Insane asylums in Bengal annual reports 1867-1875 - 1867-1875
Year: 1867
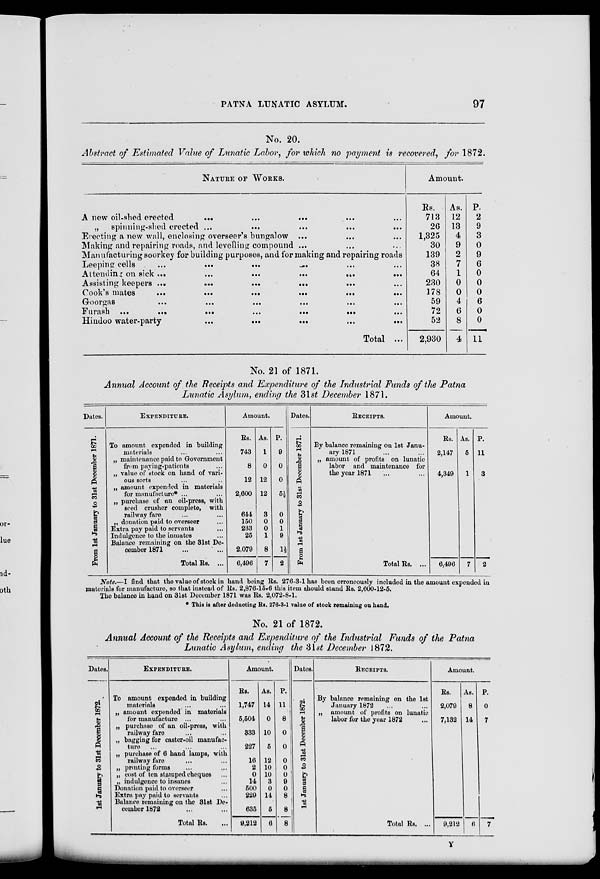
PATNA LUNATIC ASYLUM.
97
No. 20.
Abstract of Estimated Value of Lunatic Labor, for which no payment is recovered, for 1872.
NATURE OF WORKS.
A new oil-shed erected
...
...
...
„
spinning-shed erected ... ... ... ...
Erecting a new wall, enclosing overseer's bungalow ... ... ...
Making and repairing roads, and levelling compound ... ... ...
Manufacturing soorkey for building purposes, and for making and repairing roads
Leeping cells
...
...
...
... ... ...
Attending on sick ...
...
...
...
...
...
Assisting keepers ...
...
...
...
...
...
Cook's mates
...
...
...
...
...
...
Goorgas
...
...
... ... ... ...
Furash
...
...
...
...
...
...
...
Hindoo water-party
...
...
... ... ...
Total ...
Amount.
Rs.
713
26
1,325
30
139
38
64
230
178
59
72
52
2,930
As.
12
13
4
9
2
7
1
0
0
4
6
8
4
P.
2
9
3
0
9
6
0
0
0
6
0
0
11
No. 21 of 1871.
Annual Account of the Receipts and Expenditure of the Industrial Funds of the Patna
Lunatic Asylum, ending the 31st December 1871.
Dates.
From
1st January to 31st December 1871.
EXPENDITURE.
To amount expended in building
materials ... ...
„ maintenance paid to Government
from paying-patients ...
„ value of stock on hand of vari-
ous sorts ...
„ amount expended in materials
for manufacture* ... ...
„ purchase of an oil-press, with
seed crusher complete, with
railway fare ... ...
„ donation paid to overseer ...
Extra pay paid to servants ...
Indulgence to the inmates ...
Balance remaining on the 31st De-
cember 1871 ... ...
Total Rs. ...
Amount.
Rs.
743
8
12
2,600
644
160
233
25
2,079
6,496
As.
1
0
12
12
3
0
0
1
8
7
P.
9
0
0
5½
0
0
1
9
1½
2
Dates.
From 1st January to 31st December 1871.
RECEIPTS.
By balance remaining on 1st Janu-
ary 1871
„ amount of profits on lunatic
labor and maintenance for
the year 1871 ... ...
Total Rs. ...
Amount.
Rs.
2,147
4,349
6,496
As.
5
1
7
P.
11
3
2
Note.—I find that the value of stock in hand being Rs. 276-3-1 has been erroneously included in the amount expended in
materials for manufacture, so that instead of Rs. 2,876-15-6 this item should stand Rs. 2,600-12-5.
The balance in hand on 31st December 1871 was Rs. 2,072-8-1.
* This is after deducting Rs. 276-3-1 value of stock remaining on hand.
No. 21 of 1872.
Annual Account of the Receipts and Expenditure of the Industrial Funds of the Patna
Lunatic Asylum, ending the 31st December 1872.
Dates.
1st January to 31st December 1872.
EXPENDITURE.
To amount expended in building
materials ... ...
„ amount expended in materials
for manufacture ... ...
„ purchase of an oil-press, with
railway fare ... ...
„ bagging for caster-oil manufac-
ture ... ... ...
„ purchase of 6 hand lamps, with
railway fare ... ...
„ printing forms ... ...
„ cost of ten stamped cheques ...
„ indulgence to insanes ...
Donation paid to overseer ...
Extra pay paid to servants ...
Balance remaining on the 31st De-
cember 1872 ... ...
Total Rs. ...
Amount.
Rs.
1,747
5,504
333
227
16
2
0
14
500
229
635
9,212
As.
14
0
10
5
12
10
10
3
0
14
5
6
P.
11
8
0
0
0
0
0
9
0
8
8
8
Dates.
1st January to 31st December 1872.
RECEIPTS.
By balance remaining on the 1st
January 1872 ... ...
„ amount of profits on lunatic
labor for the year 1872 ...
Total Rs. ...
Amount.
Rs.
2,079
7,132
9,212
As.
8
14
6
P.
0
7
7
Y